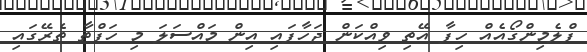
ފްލެމިންގޯއެއް ހިފާ އޭތި ވިއްކަން ޖަހާފައި އިން މައްސަލަ މި ހަފްތާ ތެރޭގައި